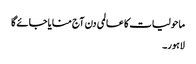
ماحولیات کا عالمی دن آج منایا جائے گا
لاہور۔